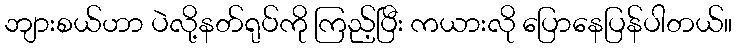
ဘျားစယ်ဟာ ပဲလို့နတ်ရုပ်ကို ကြည့်ပြီး ကယားလို ပြောနေပြန်ပါတယ်။